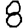
Digit: 8